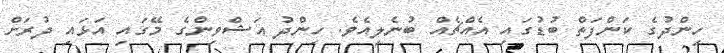
ހިންދުގެ ކަންފަތް ބުޑުގައި އެއްޗެއް ބުނެލިއެވެ. ހިންދު އަޝްވިންގެ މޭގައި އަޅައި ދުރަށް